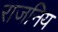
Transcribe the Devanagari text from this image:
राजनिय